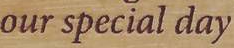
our special day